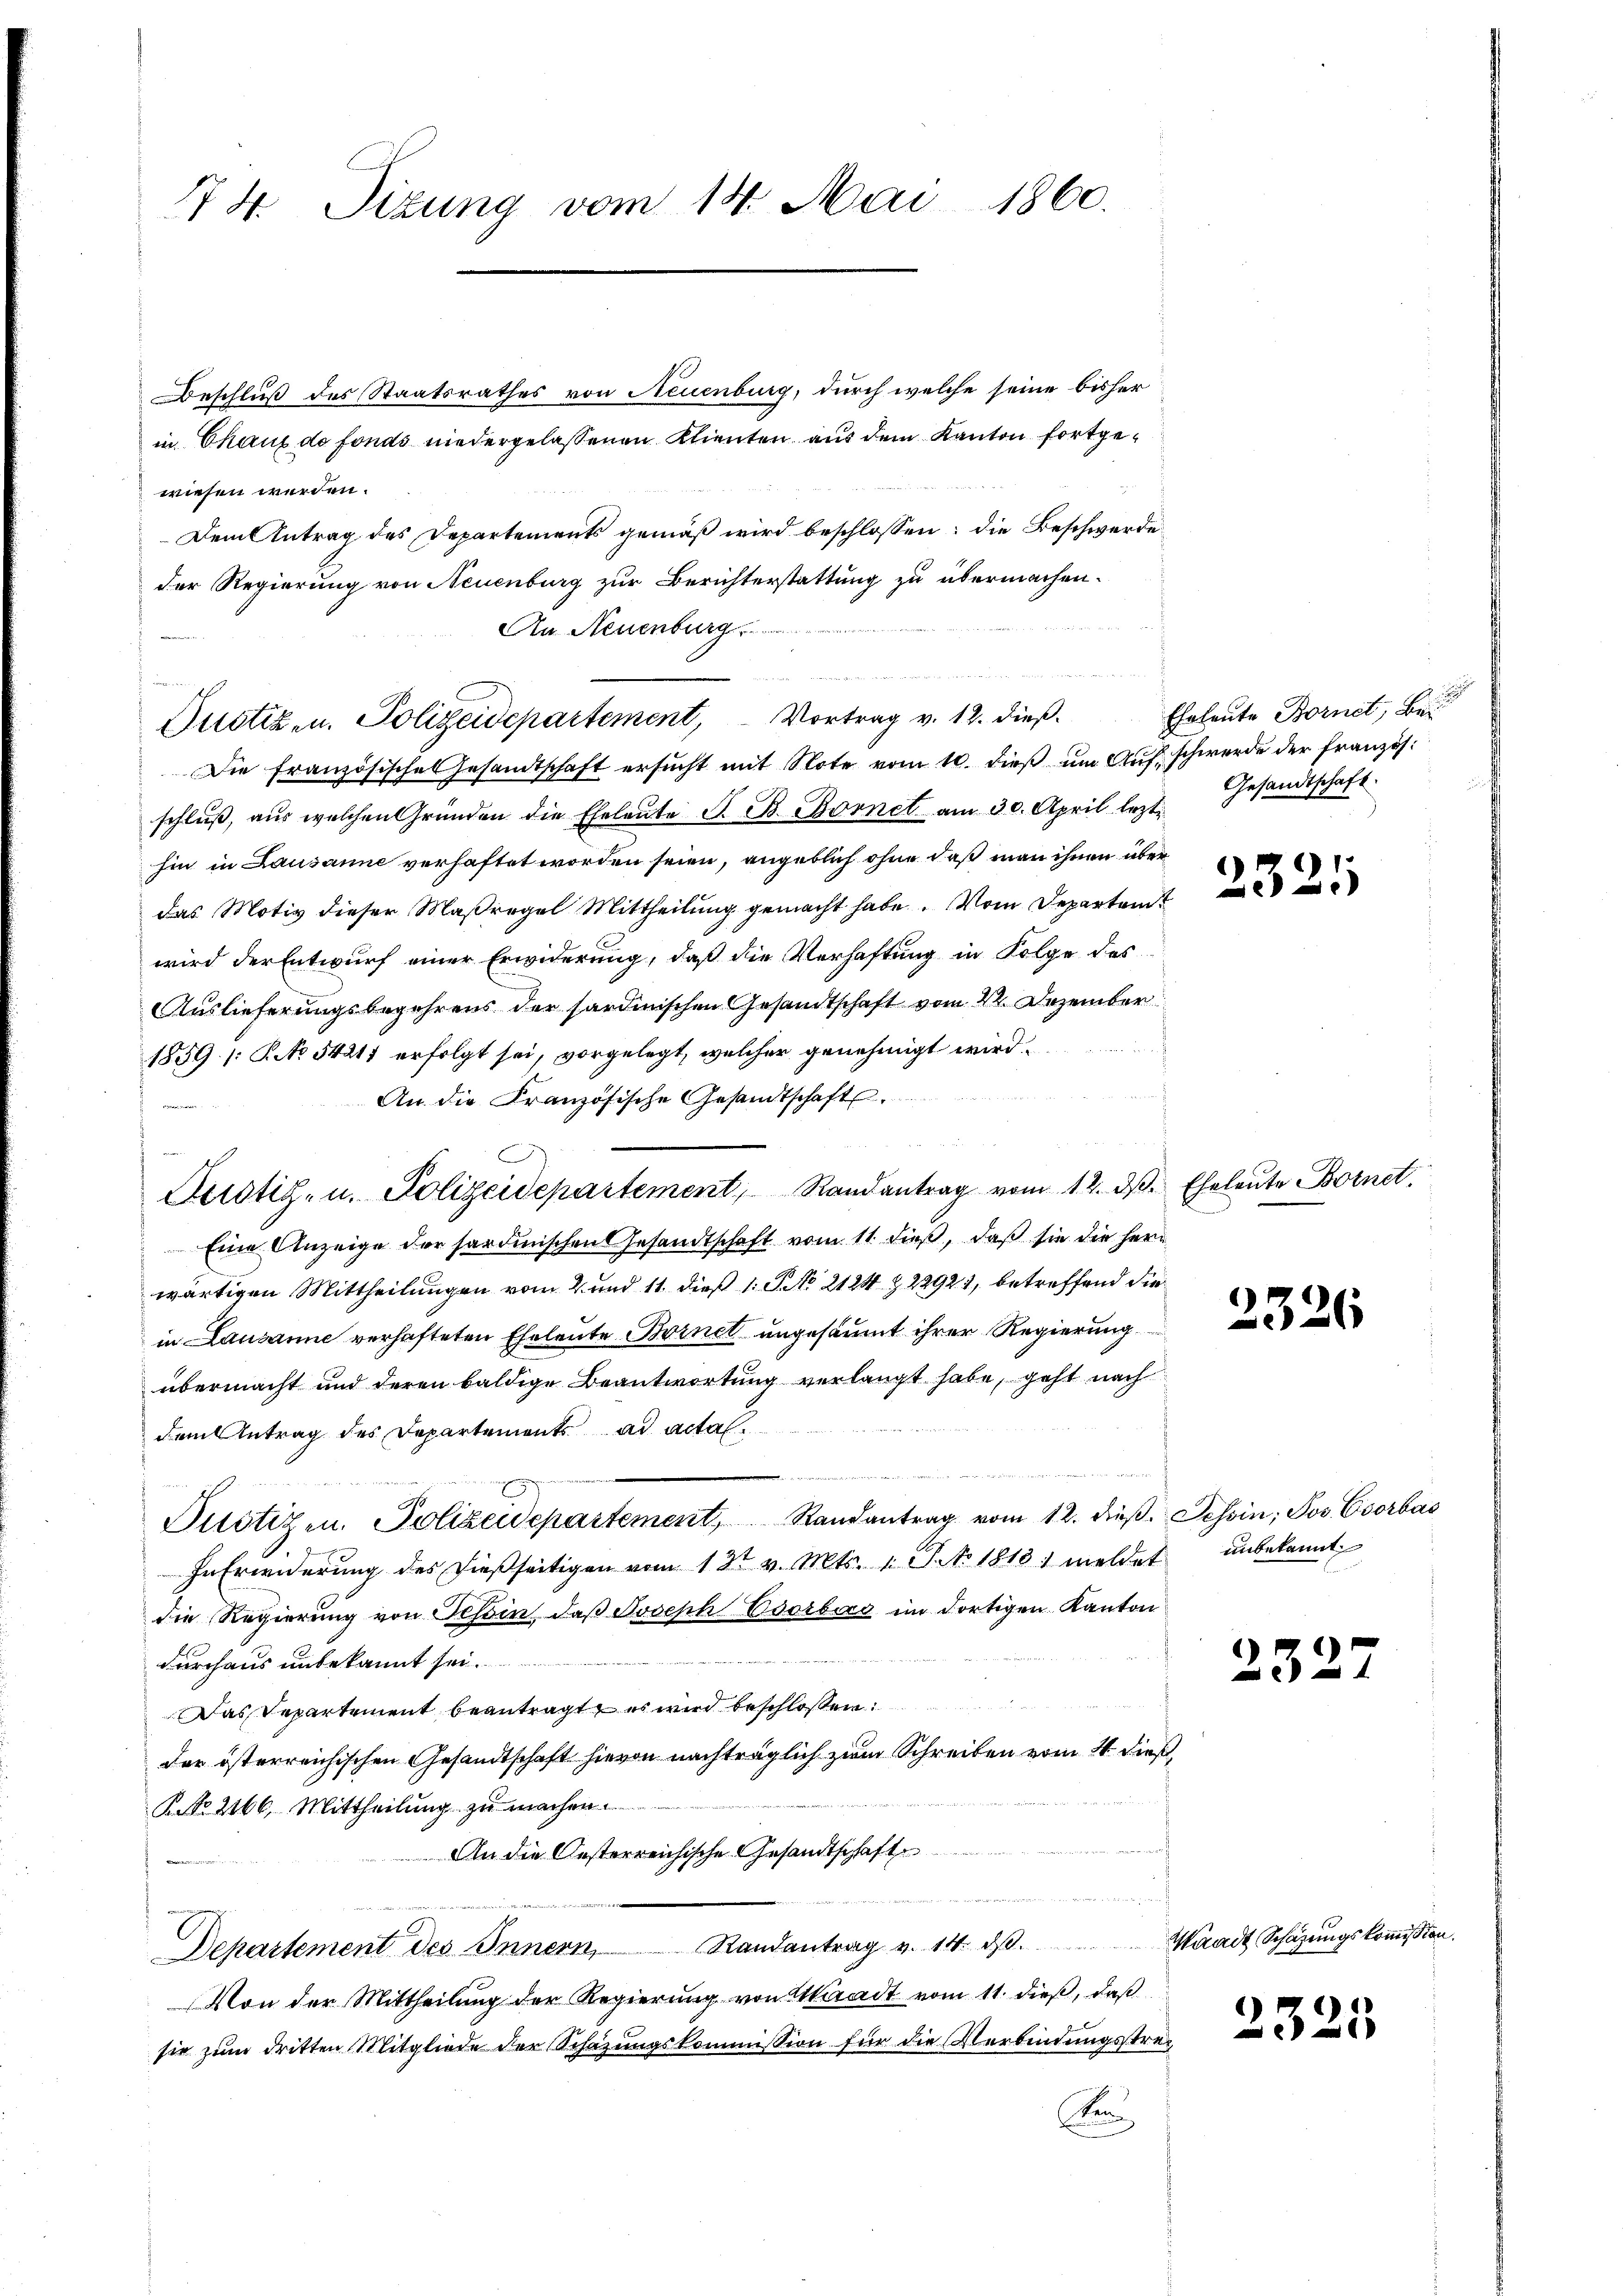
74 Sizung vom 14. Mai 1860.

Beschluß des Staatsrathes von Neuenburg, durch welche seine bisher
in Chauf de fonds niedergelassenen Klienten aus dem Kanton fortgewiesen werden.
Dem Antrag des Departements gemäß wird beschlossen: die Beschwerde
der Regierung von Neuenburg zur Berichterstattung zu übermachen.
An Neuenburg
Die Französisches Gesandtschaft ersŭcht mit Note vom 10. dieß um Auf schwerde der Französ.
schluß, aus welchen Gründen die Eheleute S. B. Bornet am 30. April lezt
hin in Lausanne verhaftet worden seien, angeblich ohne daß man ihnen über
das Motiv dieser Maßregel Mittheilung gemacht habe. Vom Departamt
wird der Entwurf einer Erwiderung, daß die Verhaftung in Folge des
Auslieferungsbegehrens der sardinischen Gesandtschaft vom 22. Dezember

1859. (Ko 54217 erfolgt sei, vorgelegt, welcher genehmigt wird.
An die Französische Gesandtschaft.
Eine Anzeige der sardinischen Gesandtschaft vom 11. dieß, daß sie die hern
wärtigen Mittheilungen vom 2. und 11 dieß 1: No 2124 Z. 22921, betreffend die
in Lausanne verhafteten Eheleute Brinet ungesäumt ihrer Regierung
übermacht und deren baldige Beantwortung verlangt habe, geht nach
dem Antrag des Departements ad actal¬
5
Pustizen. Polizeidepartement Randantrag vom 12. dieβ. Tessin, Jos. Csorbas
In Erwiderŭng des dießseitigen vom 13t v. Mts. 1. No. 1813. meldet unbekannt
die Regierung von Tessin, daβ Joseph Esorbas im dortigen Kanton
p
durchaus unbekannt sei.
Das Departement beantragt, es wird beschloßen:
der österreichischen Gesandtschaft hievon nachträglich zum Schreiben vom 4 dieß,
R No 2166, Mittheilung zu machen.
An die Oesterreichische Gesandtschaft
Departement des Innern, Randantrag v. 14. dβ. Waadt Schäzŭngskoṁission.
Von der Mittheilung der Regierung von Waadt vom 11. dieß, daß
sie zum dritten Mitgliede der Schazungskommission für die Verbindungsstre¬
An

e
Justiz- u. Polizeidepartement, Vortrag v. 12. dieß.

Duotitz- u. Polizeidepartement, Randantrag vom 12. dβ.

Eheleute Bornet, Bei
Gesandtschaft.

2321

Eheleute Bornet.

2326

2327

2325